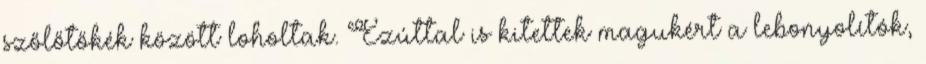
szőlőtőkék között loholtak. Ezúttal is kitettek magukért a lebonyolítók,